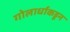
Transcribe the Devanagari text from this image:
गोलार्धाकडून